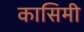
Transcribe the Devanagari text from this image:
कासिमी